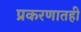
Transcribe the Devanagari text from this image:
प्रकरणातही